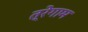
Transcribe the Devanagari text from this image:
त्रेगाम